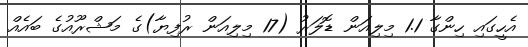
އެހީގައި ހިންގާ 1.1 މިލިއަން ޑޮލަރު (17 މިލިއަން ރުފިޔާ)ގެ މަޝްރޫއުގެ ބައެއް